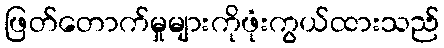
ဖြတ်တောက်မှုများကိုဖုံးကွယ်ထားသည်